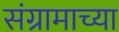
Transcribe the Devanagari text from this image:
संग्रामाच्या